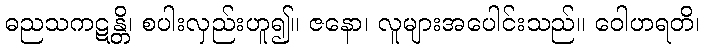
ဓညသကဋန္တိ၊ စပါးလှည်းဟူ၍။ ဇနော၊ လူများအပေါင်းသည်။ ဝေါဟရတိ၊